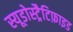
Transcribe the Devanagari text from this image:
स्यूडोस्ट्रैटिफ़ाइड